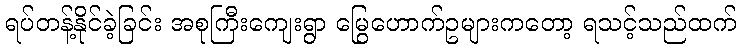
ရပ်တန့်နိုင်ခဲ့ခြင်း အစုကြီးကျေးရွာ မြွေဟောက်ဥများကတော့ ရသင့်သည်ထက်